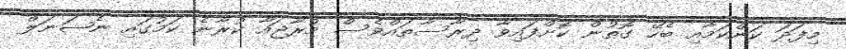
މިފަދަ ކަންކަމާއި ބެހޭ ގޮތުން ކޮށްފައިވާ ދިރާސާތައްވެސް މުރާޖައާ ކުރާނެ ކަމުގައި ނެޝަނަލް